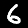
Digit: 6